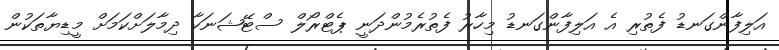
އަލިފާންގަނޑު ފެތުރި އެ އަލިފާންގަނޑު މިހާރު ފެތުރެމުންދަނީ ޕެޓްރޯލް ސްޓޭޝަނަކާ ދިމާލަށްކަމަށް މީޑިޔާތަކުން